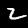
Digit: 2